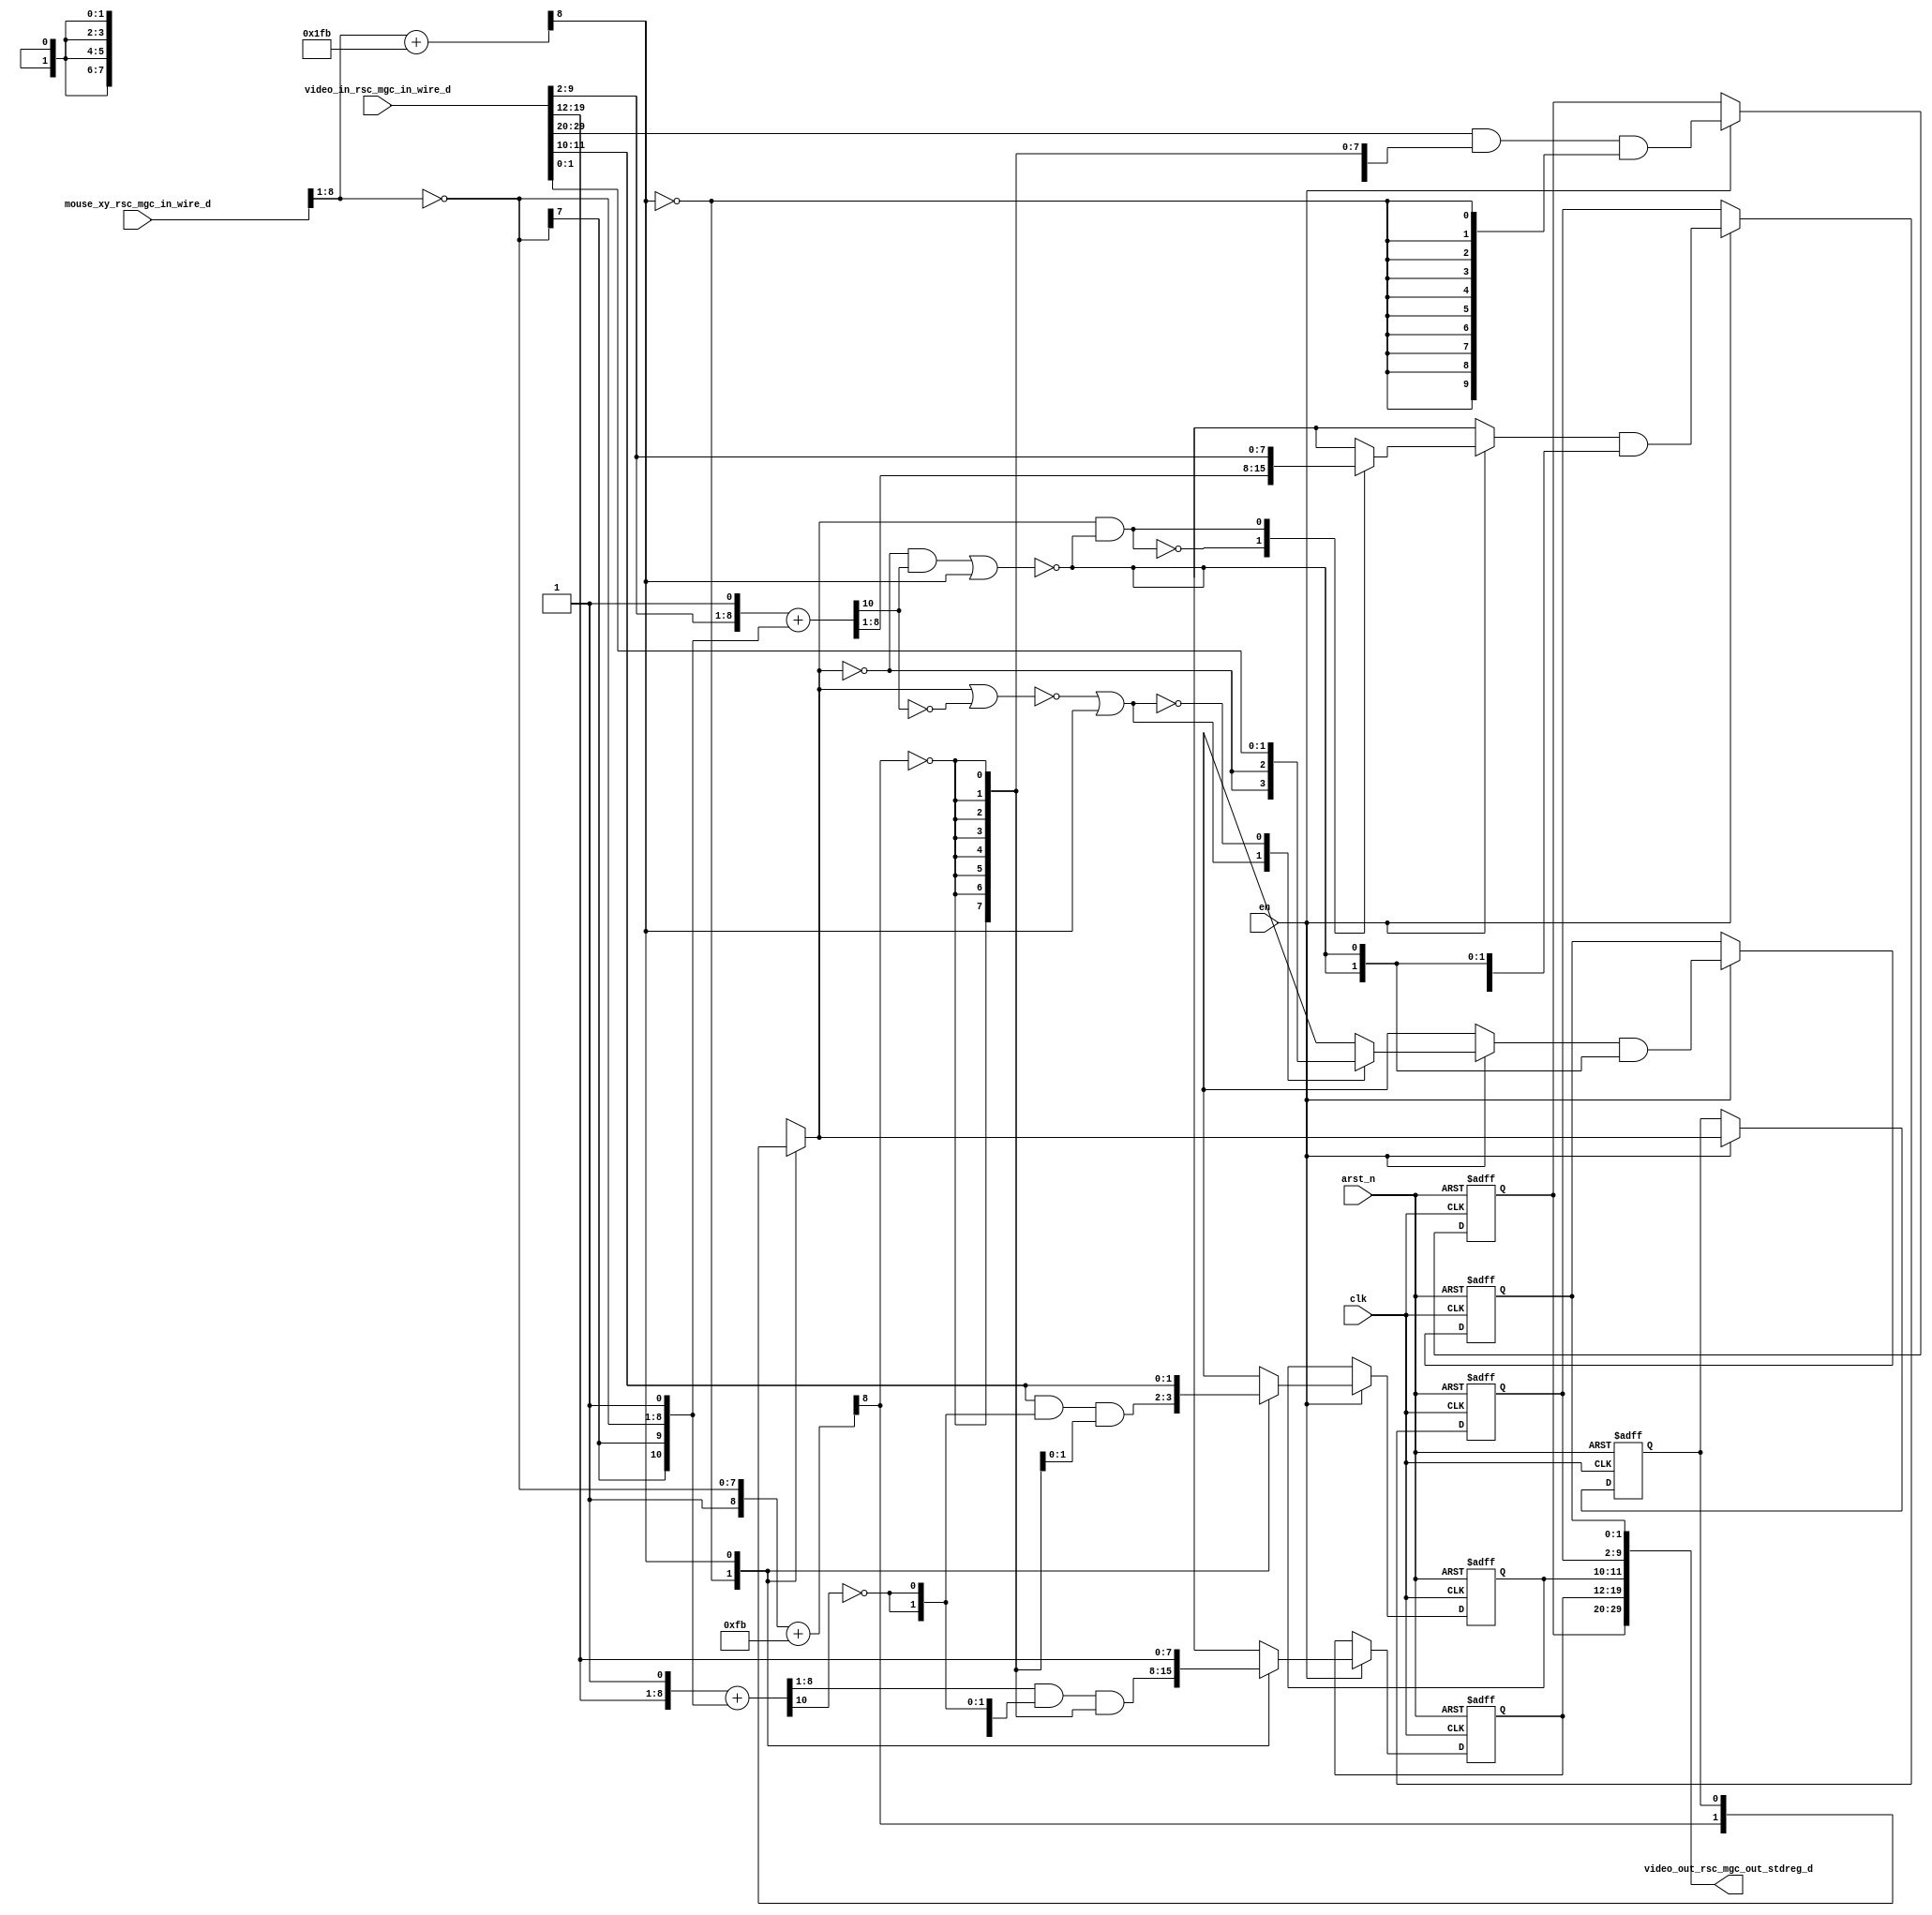
module red_tint_core (
  clk, en, arst_n, video_in_rsc_mgc_in_wire_d, video_out_rsc_mgc_out_stdreg_d, mouse_xy_rsc_mgc_in_wire_d
);
  input clk;
  input en;
  input arst_n;
  input [29:0] video_in_rsc_mgc_in_wire_d;
  output [29:0] video_out_rsc_mgc_out_stdreg_d;
  input [19:0] mouse_xy_rsc_mgc_in_wire_d;


  // Interconnect Declarations
  reg else_slc_svs;
  reg [9:0] reg_video_out_rsc_mgc_out_stdreg_d_tmp;
  reg [7:0] reg_video_out_rsc_mgc_out_stdreg_d_tmp_1;
  reg [1:0] reg_video_out_rsc_mgc_out_stdreg_d_tmp_2;
  reg [7:0] reg_video_out_rsc_mgc_out_stdreg_d_tmp_3;
  reg [1:0] reg_video_out_rsc_mgc_out_stdreg_d_tmp_4;
  wire else_slc_svs_mx0;
  wire or_tmp;
  wire [10:0] else_else_acc_itm;
  wire [11:0] nl_else_else_acc_itm;
  wire [8:0] acc_itm;
  wire [9:0] nl_acc_itm;
  wire [8:0] else_acc_itm;
  wire [9:0] nl_else_acc_itm;
  wire [10:0] else_else_acc_3_itm;
  wire [11:0] nl_else_else_acc_3_itm;


  // Interconnect Declarations for Component Instantiations 
  assign video_out_rsc_mgc_out_stdreg_d = {reg_video_out_rsc_mgc_out_stdreg_d_tmp
      , reg_video_out_rsc_mgc_out_stdreg_d_tmp_1 , reg_video_out_rsc_mgc_out_stdreg_d_tmp_2
      , reg_video_out_rsc_mgc_out_stdreg_d_tmp_3 , reg_video_out_rsc_mgc_out_stdreg_d_tmp_4};
  assign nl_else_acc_itm = ({1'b1 , (~ (mouse_xy_rsc_mgc_in_wire_d[8:1]))}) + 9'b11111011;
  assign else_acc_itm = nl_else_acc_itm[8:0];
  assign else_slc_svs_mx0 = MUX_s_1_2_2({(else_acc_itm[8]) , else_slc_svs}, acc_itm[8]);
  assign nl_else_else_acc_itm = conv_u2u_9_11({(video_in_rsc_mgc_in_wire_d[9:2])
      , 1'b1}) + conv_s2u_9_11({(~ (mouse_xy_rsc_mgc_in_wire_d[8:1])) , 1'b1});
  assign else_else_acc_itm = nl_else_else_acc_itm[10:0];
  assign nl_else_else_acc_3_itm = conv_u2u_9_11({(video_in_rsc_mgc_in_wire_d[19:12])
      , 1'b1}) + conv_s2u_9_11({(~ (mouse_xy_rsc_mgc_in_wire_d[8:1])) , 1'b1});
  assign else_else_acc_3_itm = nl_else_else_acc_3_itm[10:0];
  assign nl_acc_itm = conv_u2s_8_9(mouse_xy_rsc_mgc_in_wire_d[8:1]) + 9'b111111011;
  assign acc_itm = nl_acc_itm[8:0];
  assign or_tmp = ((else_else_acc_itm[10]) & (~ else_slc_svs_mx0)) | (acc_itm[8]);
  always @(posedge clk or negedge arst_n) begin
    if ( ~ arst_n ) begin
      else_slc_svs <= 1'b0;
      reg_video_out_rsc_mgc_out_stdreg_d_tmp <= 10'b0;
      reg_video_out_rsc_mgc_out_stdreg_d_tmp_1 <= 8'b0;
      reg_video_out_rsc_mgc_out_stdreg_d_tmp_2 <= 2'b0;
      reg_video_out_rsc_mgc_out_stdreg_d_tmp_3 <= 8'b0;
      reg_video_out_rsc_mgc_out_stdreg_d_tmp_4 <= 2'b0;
    end
    else begin
      if ( en ) begin
        else_slc_svs <= else_slc_svs_mx0;
        reg_video_out_rsc_mgc_out_stdreg_d_tmp <= (video_in_rsc_mgc_in_wire_d[29:20])
            & (signext_10_1(~ (else_acc_itm[8]))) & (signext_10_1(~ (acc_itm[8])));
        reg_video_out_rsc_mgc_out_stdreg_d_tmp_1 <= MUX_v_8_2_2({((else_else_acc_3_itm[8:1])
            & (signext_8_1(~ (else_else_acc_3_itm[10]))) & (signext_8_1(~ (else_acc_itm[8]))))
            , (video_in_rsc_mgc_in_wire_d[19:12])}, acc_itm[8]);
        reg_video_out_rsc_mgc_out_stdreg_d_tmp_2 <= MUX_v_2_2_2({((video_in_rsc_mgc_in_wire_d[11:10])
            & (signext_2_1(~ (else_else_acc_3_itm[10]))) & (signext_2_1(~ (else_acc_itm[8]))))
            , (video_in_rsc_mgc_in_wire_d[11:10])}, acc_itm[8]);
        reg_video_out_rsc_mgc_out_stdreg_d_tmp_3 <= (MUX_v_8_2_2({(else_else_acc_itm[8:1])
            , (video_in_rsc_mgc_in_wire_d[9:2])}, else_slc_svs_mx0 & (~ or_tmp)))
            & (signext_8_1(~ or_tmp));
        reg_video_out_rsc_mgc_out_stdreg_d_tmp_4 <= (MUX_v_2_2_2({(signext_2_1(~
            else_slc_svs_mx0)) , (video_in_rsc_mgc_in_wire_d[1:0])}, ~((~(else_slc_svs_mx0
            | (~ (else_else_acc_itm[10])))) | (acc_itm[8])))) & (signext_2_1(~(((~
            else_slc_svs_mx0) & (else_else_acc_itm[10])) | (acc_itm[8]))));
      end
    end
  end

  function [0:0] MUX_s_1_2_2;
    input [1:0] inputs;
    input [0:0] sel;
    reg [0:0] result;
  begin
    case (sel)
      1'b0 : begin
        result = inputs[1:1];
      end
      1'b1 : begin
        result = inputs[0:0];
      end
      default : begin
        result = inputs[1:1];
      end
    endcase
    MUX_s_1_2_2 = result;
  end
  endfunction


  function [9:0] signext_10_1;
    input [0:0] vector;
  begin
    signext_10_1= {{9{vector[0]}}, vector};
  end
  endfunction


  function [7:0] MUX_v_8_2_2;
    input [15:0] inputs;
    input [0:0] sel;
    reg [7:0] result;
  begin
    case (sel)
      1'b0 : begin
        result = inputs[15:8];
      end
      1'b1 : begin
        result = inputs[7:0];
      end
      default : begin
        result = inputs[15:8];
      end
    endcase
    MUX_v_8_2_2 = result;
  end
  endfunction


  function [7:0] signext_8_1;
    input [0:0] vector;
  begin
    signext_8_1= {{7{vector[0]}}, vector};
  end
  endfunction


  function [1:0] MUX_v_2_2_2;
    input [3:0] inputs;
    input [0:0] sel;
    reg [1:0] result;
  begin
    case (sel)
      1'b0 : begin
        result = inputs[3:2];
      end
      1'b1 : begin
        result = inputs[1:0];
      end
      default : begin
        result = inputs[3:2];
      end
    endcase
    MUX_v_2_2_2 = result;
  end
  endfunction


  function [1:0] signext_2_1;
    input [0:0] vector;
  begin
    signext_2_1= {{1{vector[0]}}, vector};
  end
  endfunction


  function  [10:0] conv_u2u_9_11 ;
    input [8:0]  vector ;
  begin
    conv_u2u_9_11 = {{2{1'b0}}, vector};
  end
  endfunction


  function  [10:0] conv_s2u_9_11 ;
    input signed [8:0]  vector ;
  begin
    conv_s2u_9_11 = {{2{vector[8]}}, vector};
  end
  endfunction


  function signed [8:0] conv_u2s_8_9 ;
    input [7:0]  vector ;
  begin
    conv_u2s_8_9 = {1'b0, vector};
  end
  endfunction

endmodule
module red_tint (
  video_in_rsc_z, video_out_rsc_z, mouse_xy_rsc_z, clk, en, arst_n
);
  input [29:0] video_in_rsc_z;
  output [29:0] video_out_rsc_z;
  input [19:0] mouse_xy_rsc_z;
  input clk;
  input en;
  input arst_n;


  // Interconnect Declarations
  wire [29:0] video_in_rsc_mgc_in_wire_d;
  wire [29:0] video_out_rsc_mgc_out_stdreg_d;
  wire [19:0] mouse_xy_rsc_mgc_in_wire_d;


  // Interconnect Declarations for Component Instantiations 
  mgc_in_wire #(.rscid(1),
  .width(30)) video_in_rsc_mgc_in_wire (
      .d(video_in_rsc_mgc_in_wire_d),
      .z(video_in_rsc_z)
    );
  mgc_out_stdreg #(.rscid(2),
  .width(30)) video_out_rsc_mgc_out_stdreg (
      .d(video_out_rsc_mgc_out_stdreg_d),
      .z(video_out_rsc_z)
    );
  mgc_in_wire #(.rscid(3),
  .width(20)) mouse_xy_rsc_mgc_in_wire (
      .d(mouse_xy_rsc_mgc_in_wire_d),
      .z(mouse_xy_rsc_z)
    );
  red_tint_core red_tint_core_inst (
      .clk(clk),
      .en(en),
      .arst_n(arst_n),
      .video_in_rsc_mgc_in_wire_d(video_in_rsc_mgc_in_wire_d),
      .video_out_rsc_mgc_out_stdreg_d(video_out_rsc_mgc_out_stdreg_d),
      .mouse_xy_rsc_mgc_in_wire_d(mouse_xy_rsc_mgc_in_wire_d)
    );
endmodule